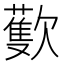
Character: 𣤨